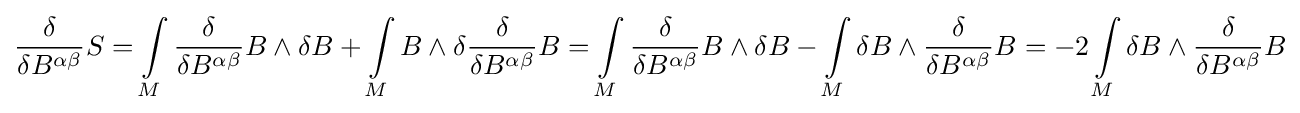
{\frac {\delta }{\delta B^{\alpha \beta }}}S=\int \limits _{M}{\frac {\delta }{\delta B^{\alpha \beta }}}B\wedge \delta B+\int \limits _{M}B\wedge \delta {\frac {\delta }{\delta B^{\alpha \beta }}}B=\int \limits _{M}{\frac {\delta }{\delta B^{\alpha \beta }}}B\wedge \delta B-\int \limits _{M}\delta B\wedge {\frac {\delta }{\delta B^{\alpha \beta }}}B=-2\int \limits _{M}\delta B\wedge {\frac {\delta }{\delta B^{\alpha \beta }}}B